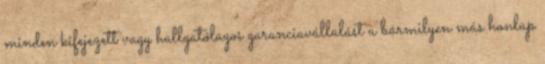
minden kifejezett vagy hallgatólagos garanciavállalást a bármilyen más honlap